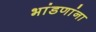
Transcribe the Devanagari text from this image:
भांडणांना